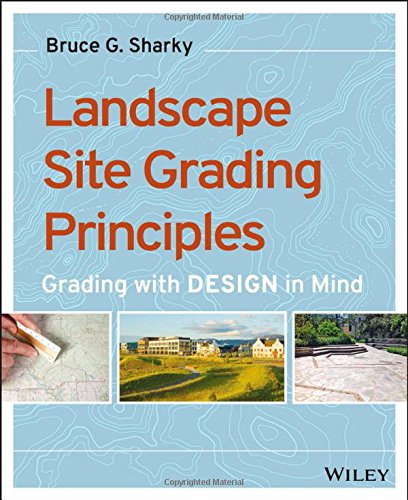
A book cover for Landscape Site Grading Principles: Grading with Design in Mind; Bruce G. Sharky; Arts & Photography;